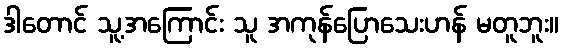
ဒါတောင် သူ့အကြောင်း သူ အကုန်ပြောသေးဟန် မတူဘူး။